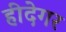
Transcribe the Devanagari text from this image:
हीदेगर